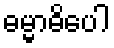
ဓမ္မာဓိပေါ